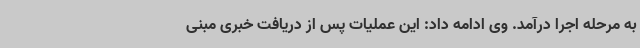
به مرحله اجرا درآمد. وی ادامه داد: این عملیات پس از دریافت خبری مبنی